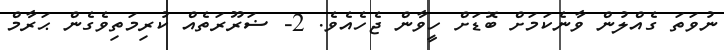
ނުވަތަ ގެއްލުން ވާނެކަމަށް ބޮޑަށް ހީވާން ޖެހެއެވެ. 2- ޟަރޫރަތެއް ކުރިމަތިވެގެން ޙަރާމް